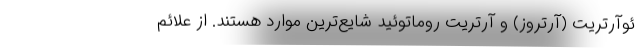
ئوآرتریت (آرتروز) و آرتریت روماتوئید شایع‌ترین موارد هستند. از علائم